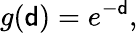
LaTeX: g({\mathsf{d}})=e^{-{\mathsf{d}}},